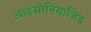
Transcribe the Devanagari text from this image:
आइसोनियाजिड